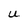
Character: U